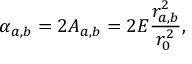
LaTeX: \alpha _ { a , b } = 2 A _ { a , b } = 2 E \frac { r _ { a , b } ^ { 2 } } { r _ { 0 } ^ { 2 } } ,